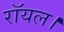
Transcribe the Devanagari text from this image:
रॉयल।